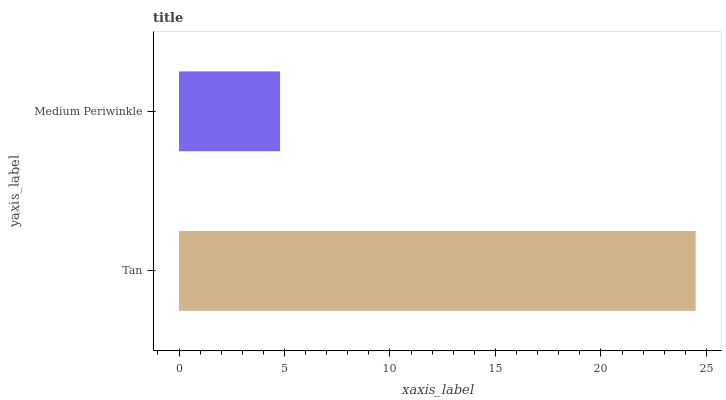
| yaxis_label | bars |
 | --- | --- |
 | Tan | 24.5 |
 | Medium Periwinkle | 4.79 |